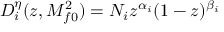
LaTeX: D _ { i } ^ { \eta } ( z , M _ { f 0 } ^ { 2 } ) = N _ { i } z ^ { \alpha _ { i } } ( 1 - z ) ^ { \beta _ { i } }